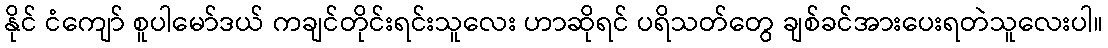
နိုင် ငံကျော် စူပါမော်ဒယ် ကချင်တိုင်းရင်းသူလေး ဟာဆိုရင် ပရိသတ်တွေ ချစ်ခင်အားပေးရတဲသူလေးပါ။